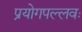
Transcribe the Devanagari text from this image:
प्रयोगपल्लवः